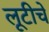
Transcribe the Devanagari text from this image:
लूटीचे